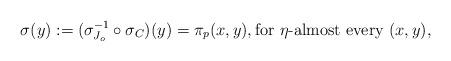
LaTeX: \begin{align*}\sigma(y) := (\sigma_{J_o}^{-1} \circ \sigma_C)(y) = \pi_p(x,y), \textrm{for $\eta$-almost every $(x,y)$},\end{align*}